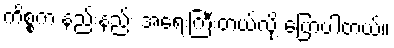
ကိစ္စက နည်းနည်း အရေးကြီးတယ်လို့ ပြောပါတယ်။